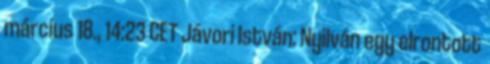
március 18., 14:23 CET Jávori István: Nyilván egy elrontott